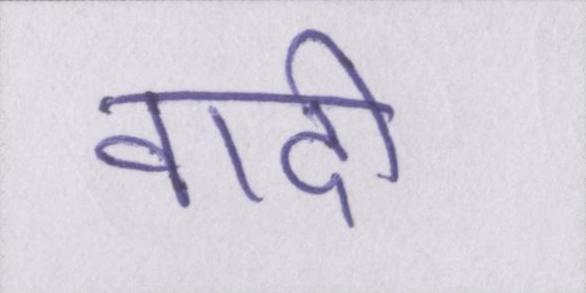
वादी